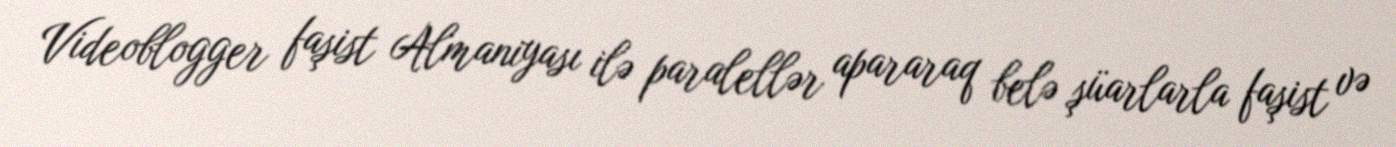
Videoblogger faşist Almaniyası ilə paralellər apararaq belə şüarlarla faşist və